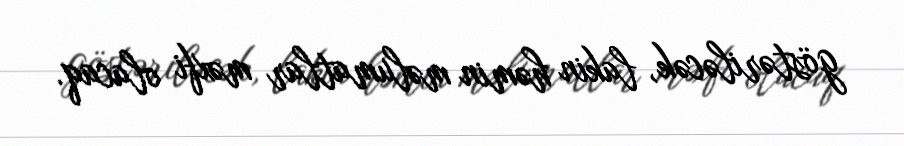
göstəriləcək, lakin həmin məlumatlar məxfi olacaq.